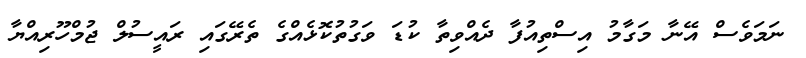
ނަމަވެސް އޭނާ މަގާމު އިސްތިއުފާ ދެއްވިތާ ކުޑަ ވަގުތުކޮޅެއްގެ ތެރޭގައި ރައީސުލް ޖުމްހޫރިއްޔާ